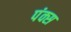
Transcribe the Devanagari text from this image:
पंक्स